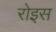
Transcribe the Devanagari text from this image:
रोइस